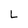
Character: L